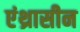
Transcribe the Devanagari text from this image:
एंथ्रासीन